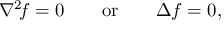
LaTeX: \nabla ^ { 2 } \! f = 0 \qquad { \mathrm { o r } } \qquad \Delta f = 0 ,